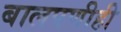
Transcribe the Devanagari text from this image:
बालपणीही